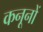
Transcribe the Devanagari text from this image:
कनूनों